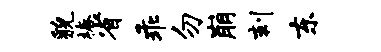
貌椿省乖勿崩刻东